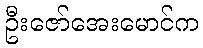
ဦးဇော်အေးမောင်က